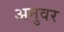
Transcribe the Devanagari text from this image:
अनुवर